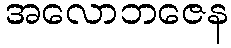
အလောဘဇေန